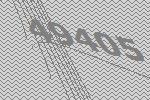
49405